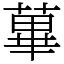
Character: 蓽